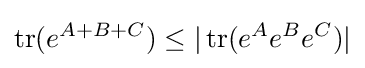
\operatorname {tr} (e^{A+B+C})\leq |\operatorname {tr} (e^{A}e^{B}e^{C})|